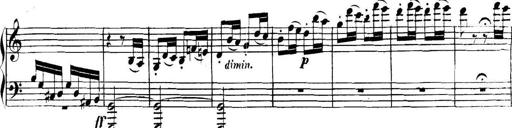
Title: Collected Piano Sonatas
Composer: Muzio Clementi